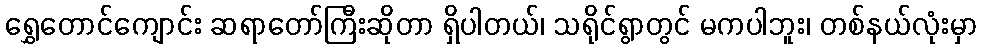
ရွှေတောင်ကျောင်း ဆရာတော်ကြီးဆိုတာ ရှိပါတယ်၊ သရိုင်ရွာတွင် မကပါဘူး၊ တစ်နယ်လုံးမှာ